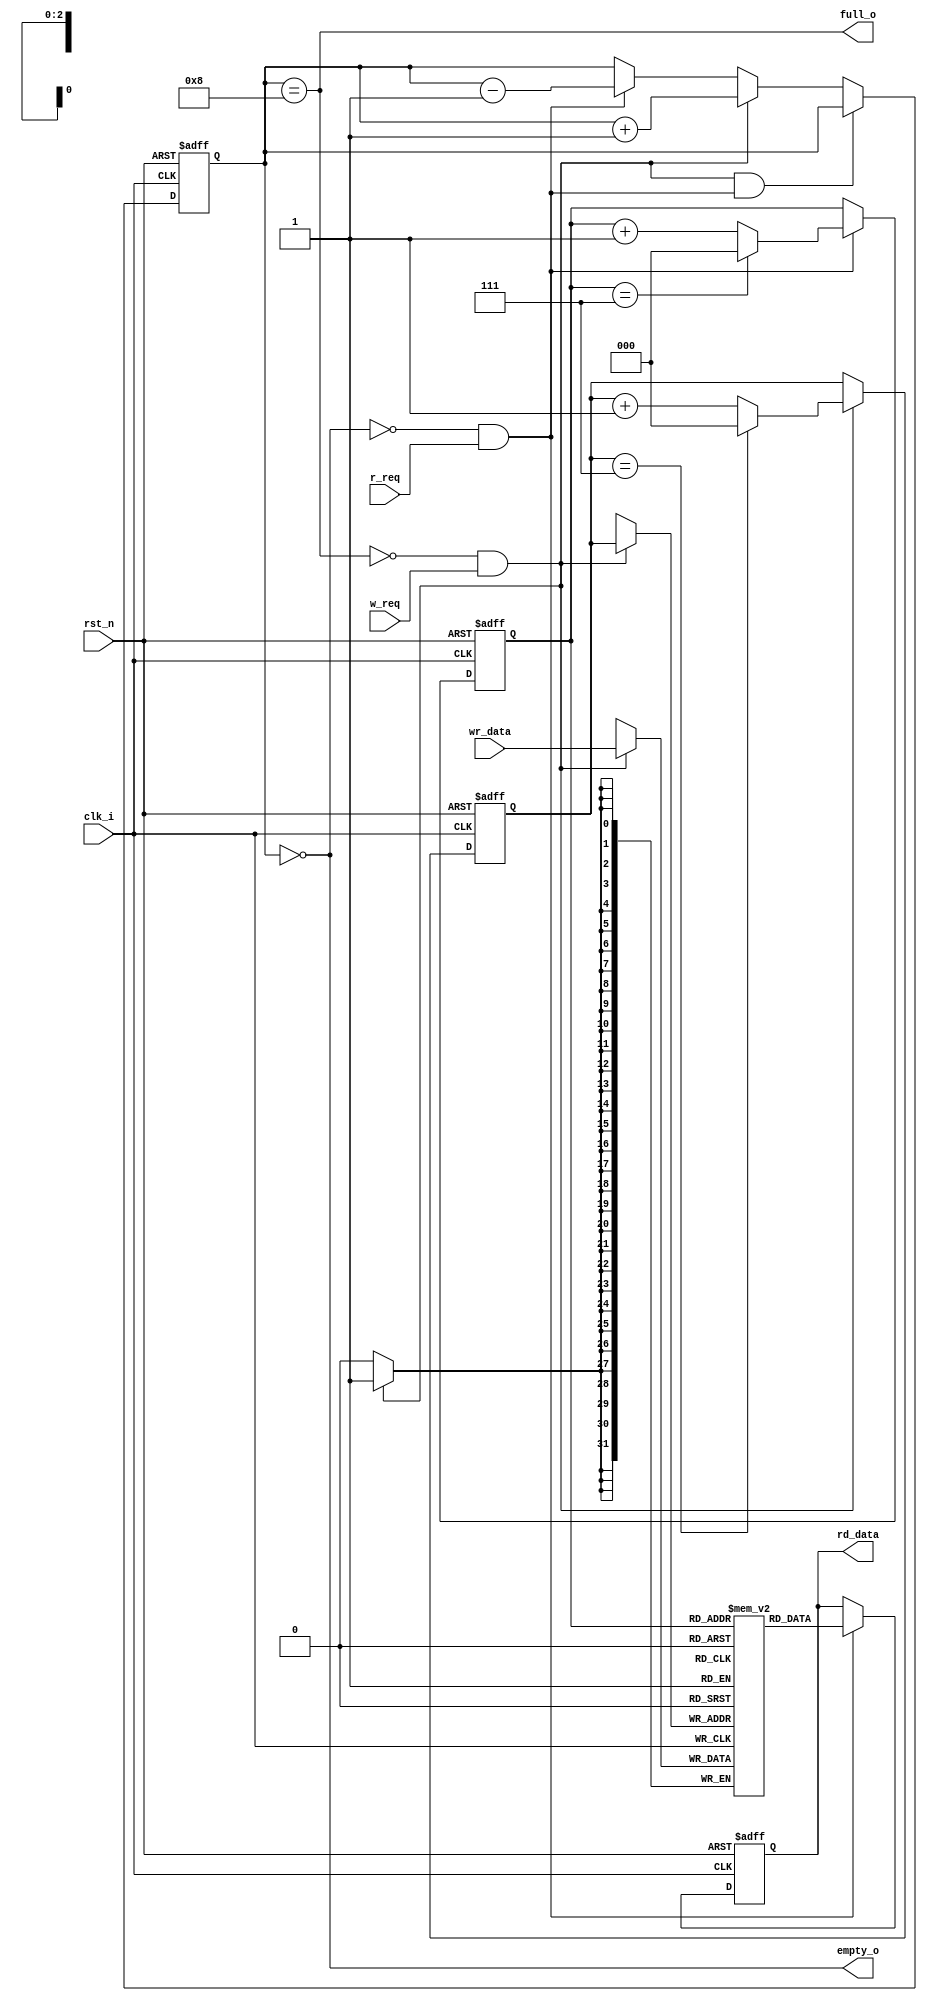
`timescale 1ns / 1ps
//////////////////////////////////////////////////////////////////////////////////
// Company: 
// Engineer: 
// 
// Design Name: 
// Module Name: syn_fifo
// Project Name: 
// Target Devices: 
// Tool Versions: 
// Description: 
// 
// Dependencies: 
// 
// Revision:
// Revision 0.01 - File Created
// Additional Comments:
// 
//////////////////////////////////////////////////////////////////////////////////


module syn_fifo
#(
    parameter FIFO_WIDTH = 32,
    parameter FIFO_DEPTH = 8,
    parameter ADDR_WIDTH = 3
)
(
    input clk_i,
    input rst_n,
    input [FIFO_WIDTH-1:0] wr_data,
    input r_req,    //read request
    input w_req,    //write request
    output reg [FIFO_WIDTH-1:0] rd_data,
    output full_o,
    output empty_o
);

//internal signal
reg [FIFO_WIDTH-1:0] fifo_mem[FIFO_DEPTH-1:0];
reg [ADDR_WIDTH:0] counter;
reg [ADDR_WIDTH-1:0] rd_ptr;
reg [ADDR_WIDTH-1:0] wr_ptr;

//set full or empty
assign full_o = (counter == FIFO_DEPTH);
assign empty_o = (counter == 0);

//set current fifo counter value
always @(posedge clk_i or negedge rst_n)
begin
    if(!rst_n)
    begin
        counter <= 0;
    end
    else if((w_req && !full_o)&&(r_req && !empty_o))
    begin
        counter <= counter;
    end
    else if(w_req && !full_o)
    begin
        counter <= counter + 1;
    end
    else if (r_req && !empty_o)
    begin
        counter <= counter - 1;
    end
    else 
    begin
        counter <= counter;
    end
end

//read data if no full and read enable
always @(posedge clk_i or negedge rst_n)
begin
    if(!rst_n)
    begin
        rd_data <= 0;
    end
    else if(r_req && !empty_o)
    begin
        rd_data <= fifo_mem[rd_ptr];
    end
end

//write data if no empty and write enable
always @(posedge clk_i) 
begin
    if(w_req && !full_o)
    begin
        fifo_mem[wr_ptr] <= wr_data;
    end
end

//update read and write ptr
always @(posedge clk_i or negedge rst_n) 
begin
    if(!rst_n)
    begin
        wr_ptr <= 0;
        rd_ptr <= 0;
    end
    else
    begin
        if(!full_o && w_req)
        begin
            wr_ptr <= wr_ptr + 1;
            if(wr_ptr == (FIFO_DEPTH-1))
            begin
                wr_ptr <= 0;
            end
        end
        if(!empty_o && r_req)
        begin
            rd_ptr <= rd_ptr + 1;
            if(rd_ptr == (FIFO_DEPTH-1))
            begin
                rd_ptr <= 0;
            end
        end
    end
end

endmodule